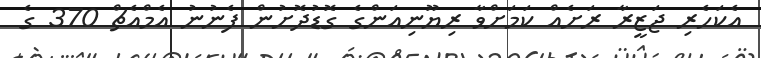
އެކަހެރި ޖަޒީރާ ރަށެއް ކަމަށްވާ ރިޔޫނިއަންގެ ގޮޑުދޮށުން ފެނުނު އެމްއެޗް 370 ގެ